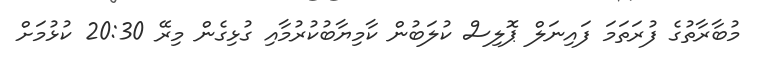
މުބާރާތުގެ ފުރަތަމަ ފައިނަލް ޕޮލިސް ކުލަބުން ކާމިޔާބުކުރުމާއި ގުޅިގެން މިރޭ 20:30 ކުޅުމަށް